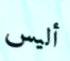
أليس